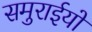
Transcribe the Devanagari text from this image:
समुराईयों